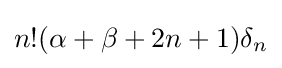
n!(\alpha +\beta +2n+1)\delta _{n}